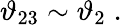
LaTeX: \vartheta_{23}\sim\vartheta_{2}\; .